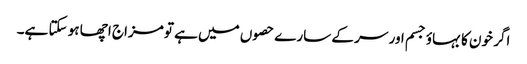
اگر خون کا بہاؤ جسم اور سر کے سارے حصوں میں ہے تو مزاج اچھا ہو سکتا ہے۔